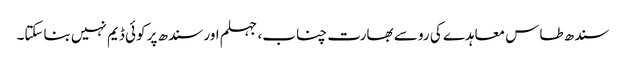
سندھ طاس معاہدے کی رو سے بھارت چناب، جہلم اور سندھ پر کوئی ڈیم نہیں بناسکتا۔